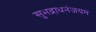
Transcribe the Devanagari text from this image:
सुभद्राधनंजयम